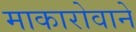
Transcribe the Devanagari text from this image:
माकारोवाने